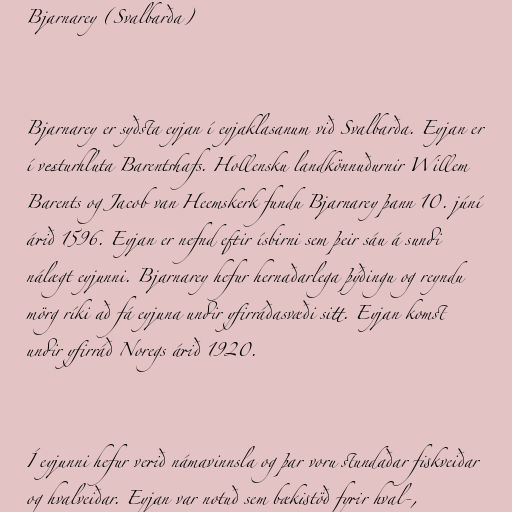
Bjarnarey (Svalbarða)

Bjarnarey er syðsta eyjan í eyjaklasanum við Svalbarða. Eyjan er
í vesturhluta Barentshafs. Hollensku landkönnuðurnir Willem
Barents og Jacob van Heemskerk fundu Bjarnarey þann 10. júní
árið 1596. Eyjan er nefnd eftir ísbirni sem þeir sáu á sundi
nálægt eyjunni. Bjarnarey hefur hernaðarlega þýðingu og reyndu
mörg ríki að fá eyjuna undir yfirráðasvæði sitt. Eyjan komst
undir yfirráð Noregs árið 1920.

Í eyjunni hefur verið námavinnsla og þar voru stundaðar fiskveiðar
og hvalveiðar. Eyjan var notuð sem bækistöð fyrir hval-,